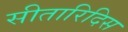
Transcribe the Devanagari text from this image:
सीतारिदिस